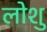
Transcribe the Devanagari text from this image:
लोशु